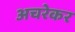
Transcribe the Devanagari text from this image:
अचरेकर